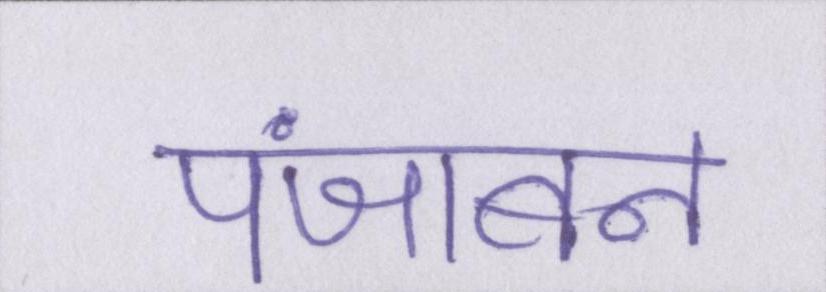
पंजाबन